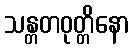
သန္တတဝုတ္တိနော